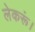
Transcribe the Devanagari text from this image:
लेकरूं।